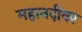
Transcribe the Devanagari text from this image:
महानदीवर